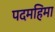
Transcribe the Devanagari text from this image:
पदमहिमा